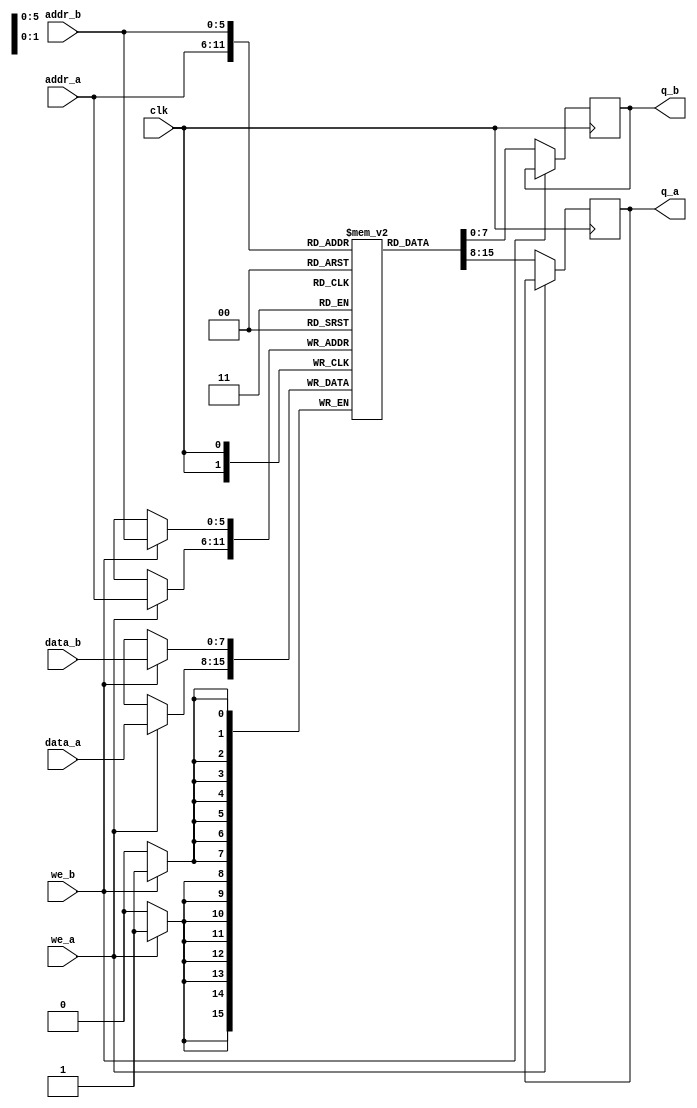
`timescale 1ns / 1ps
//////////////////////////////////////////////////////////////////////////////////
// Company: 
// Engineer: 
// 
// Design Name: 
// Module Name: dual_port_ram
// Project Name: 
// Target Devices: 
// Tool Versions: 
// Description: 
// 
// Dependencies: 
// 
// Revision:
// Revision 0.01 - File Created
// Additional Comments:
// 
//////////////////////////////////////////////////////////////////////////////////
module dual_port_ram(
  input [7:0] data_a, data_b, //input data
  input [5:0] addr_a, addr_b, //Port A and Port B address
  input we_a, we_b, //write enable for Port A and Port B
  input clk, //clk
  output reg [7:0] q_a, q_b //output data at Port A and Port B
);
  
  reg [7:0] ram [63:0]; //8*64 bit ram

 
  always @ (posedge clk)
    begin
      if(we_a)
        ram[addr_a] <= data_a;
      else
        q_a <= ram[addr_a]; 
    end
  
  always @ (posedge clk)
    begin
      if(we_b)
        ram[addr_b] <= data_b;
      else
        q_b <= ram[addr_b]; 
    end
  
endmodule